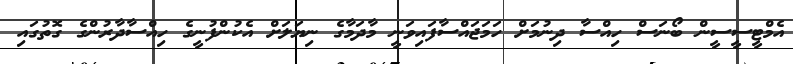
އެމްޓީސީސީން ބޯނަސް ހިއްސާ ދިނުމަށް ހަމަޖައްސާފައިވަނީ މާދަމާގެ ނިޔަލަށް އެކުންފުނީގެ ހިއްސާދާރުންގެ ގޮތުގައި